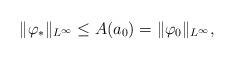
LaTeX: \begin{align*}\|\varphi_*\|_{L^{\infty}}\leq A(a_0)= \|\varphi_0\|_{L^\infty},\end{align*}